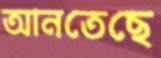
আনতেছে